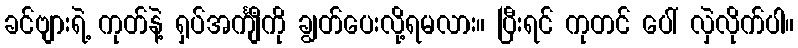
ခင်ဗျားရဲ့ ကုတ်နဲ့ ရှပ်အင်္ကျီကို ချွတ်ပေးလို့ရမလား။ ပြီးရင် ကုတင် ပေါ် လှဲလိုက်ပါ။